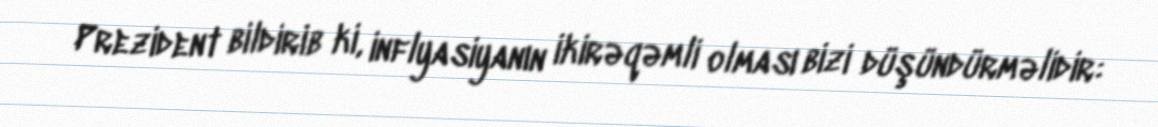
Prezident bildirib ki, inflyasiyanın ikirəqəmli olması bizi düşündürməlidir: